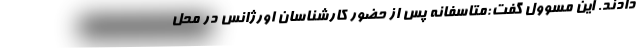
دادند. این مسوول گفت:متاسفانه پس از حضور کارشناسان اورژانس در محل